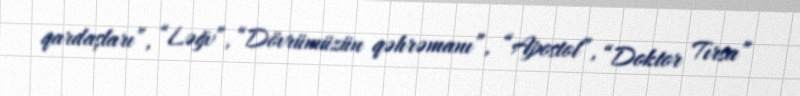
qardaşları”, “Ləğv”, “Dövrümüzün qəhrəmanı”, “Apostol”, “Doktor Tırsa”